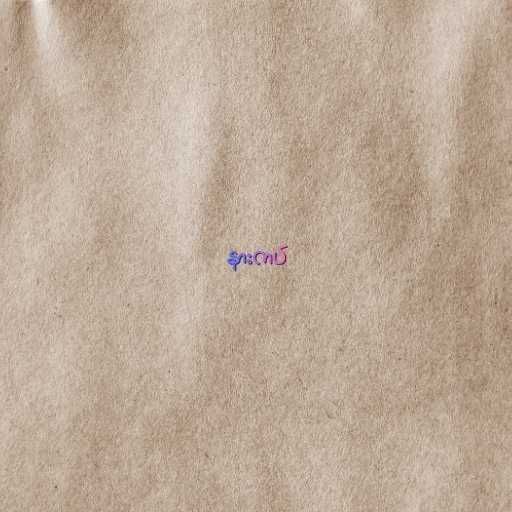
နားကပ်